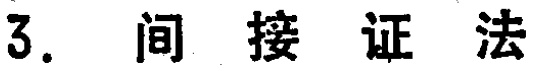
3. 间接证法